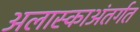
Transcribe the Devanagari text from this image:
अलास्काअंतर्गत